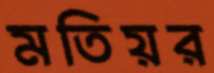
মতিয়র